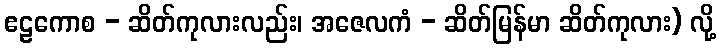
ဧဠကောစ - ဆိတ်ကုလားလည်း၊ အဇေလကံ - ဆိတ်မြန်မာ ဆိတ်ကုလား) လို့